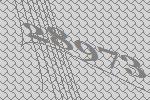
28973